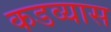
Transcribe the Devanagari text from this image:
कडव्यास